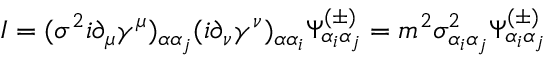
I = ( \sigma ^ { 2 } i \partial _ { \mu } \gamma ^ { \mu } ) _ { \alpha \alpha _ { j } } ( i \partial _ { \nu } \gamma ^ { \nu } ) _ { \alpha \alpha _ { i } } \Psi _ { \alpha _ { i } \alpha _ { j } } ^ { ( \pm ) } = m ^ { 2 } \sigma _ { \alpha _ { i } \alpha _ { j } } ^ { 2 } \Psi _ { \alpha _ { i } \alpha _ { j } } ^ { ( \pm ) }